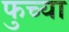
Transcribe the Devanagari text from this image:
फुच्या